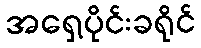
အရှေ့ပိုင်းခရိုင်